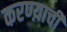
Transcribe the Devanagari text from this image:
करण्य़ाची